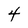
Character: 4